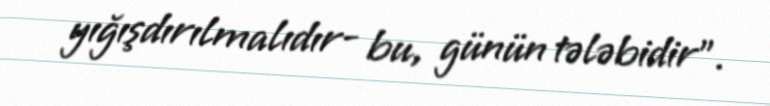
yığışdırılmalıdır- bu, günün tələbidir".